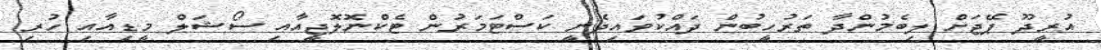
އުރީދޫ ޕޭޖަށް ލިބެމުންދާ ތަރުހީބުން ދައްކުވައިދެނީ ކަސްޓަމަރުން ޓެކްނޮލޮޖީއާއި ސޯޝަލް މީޑިއާއި ހުރި